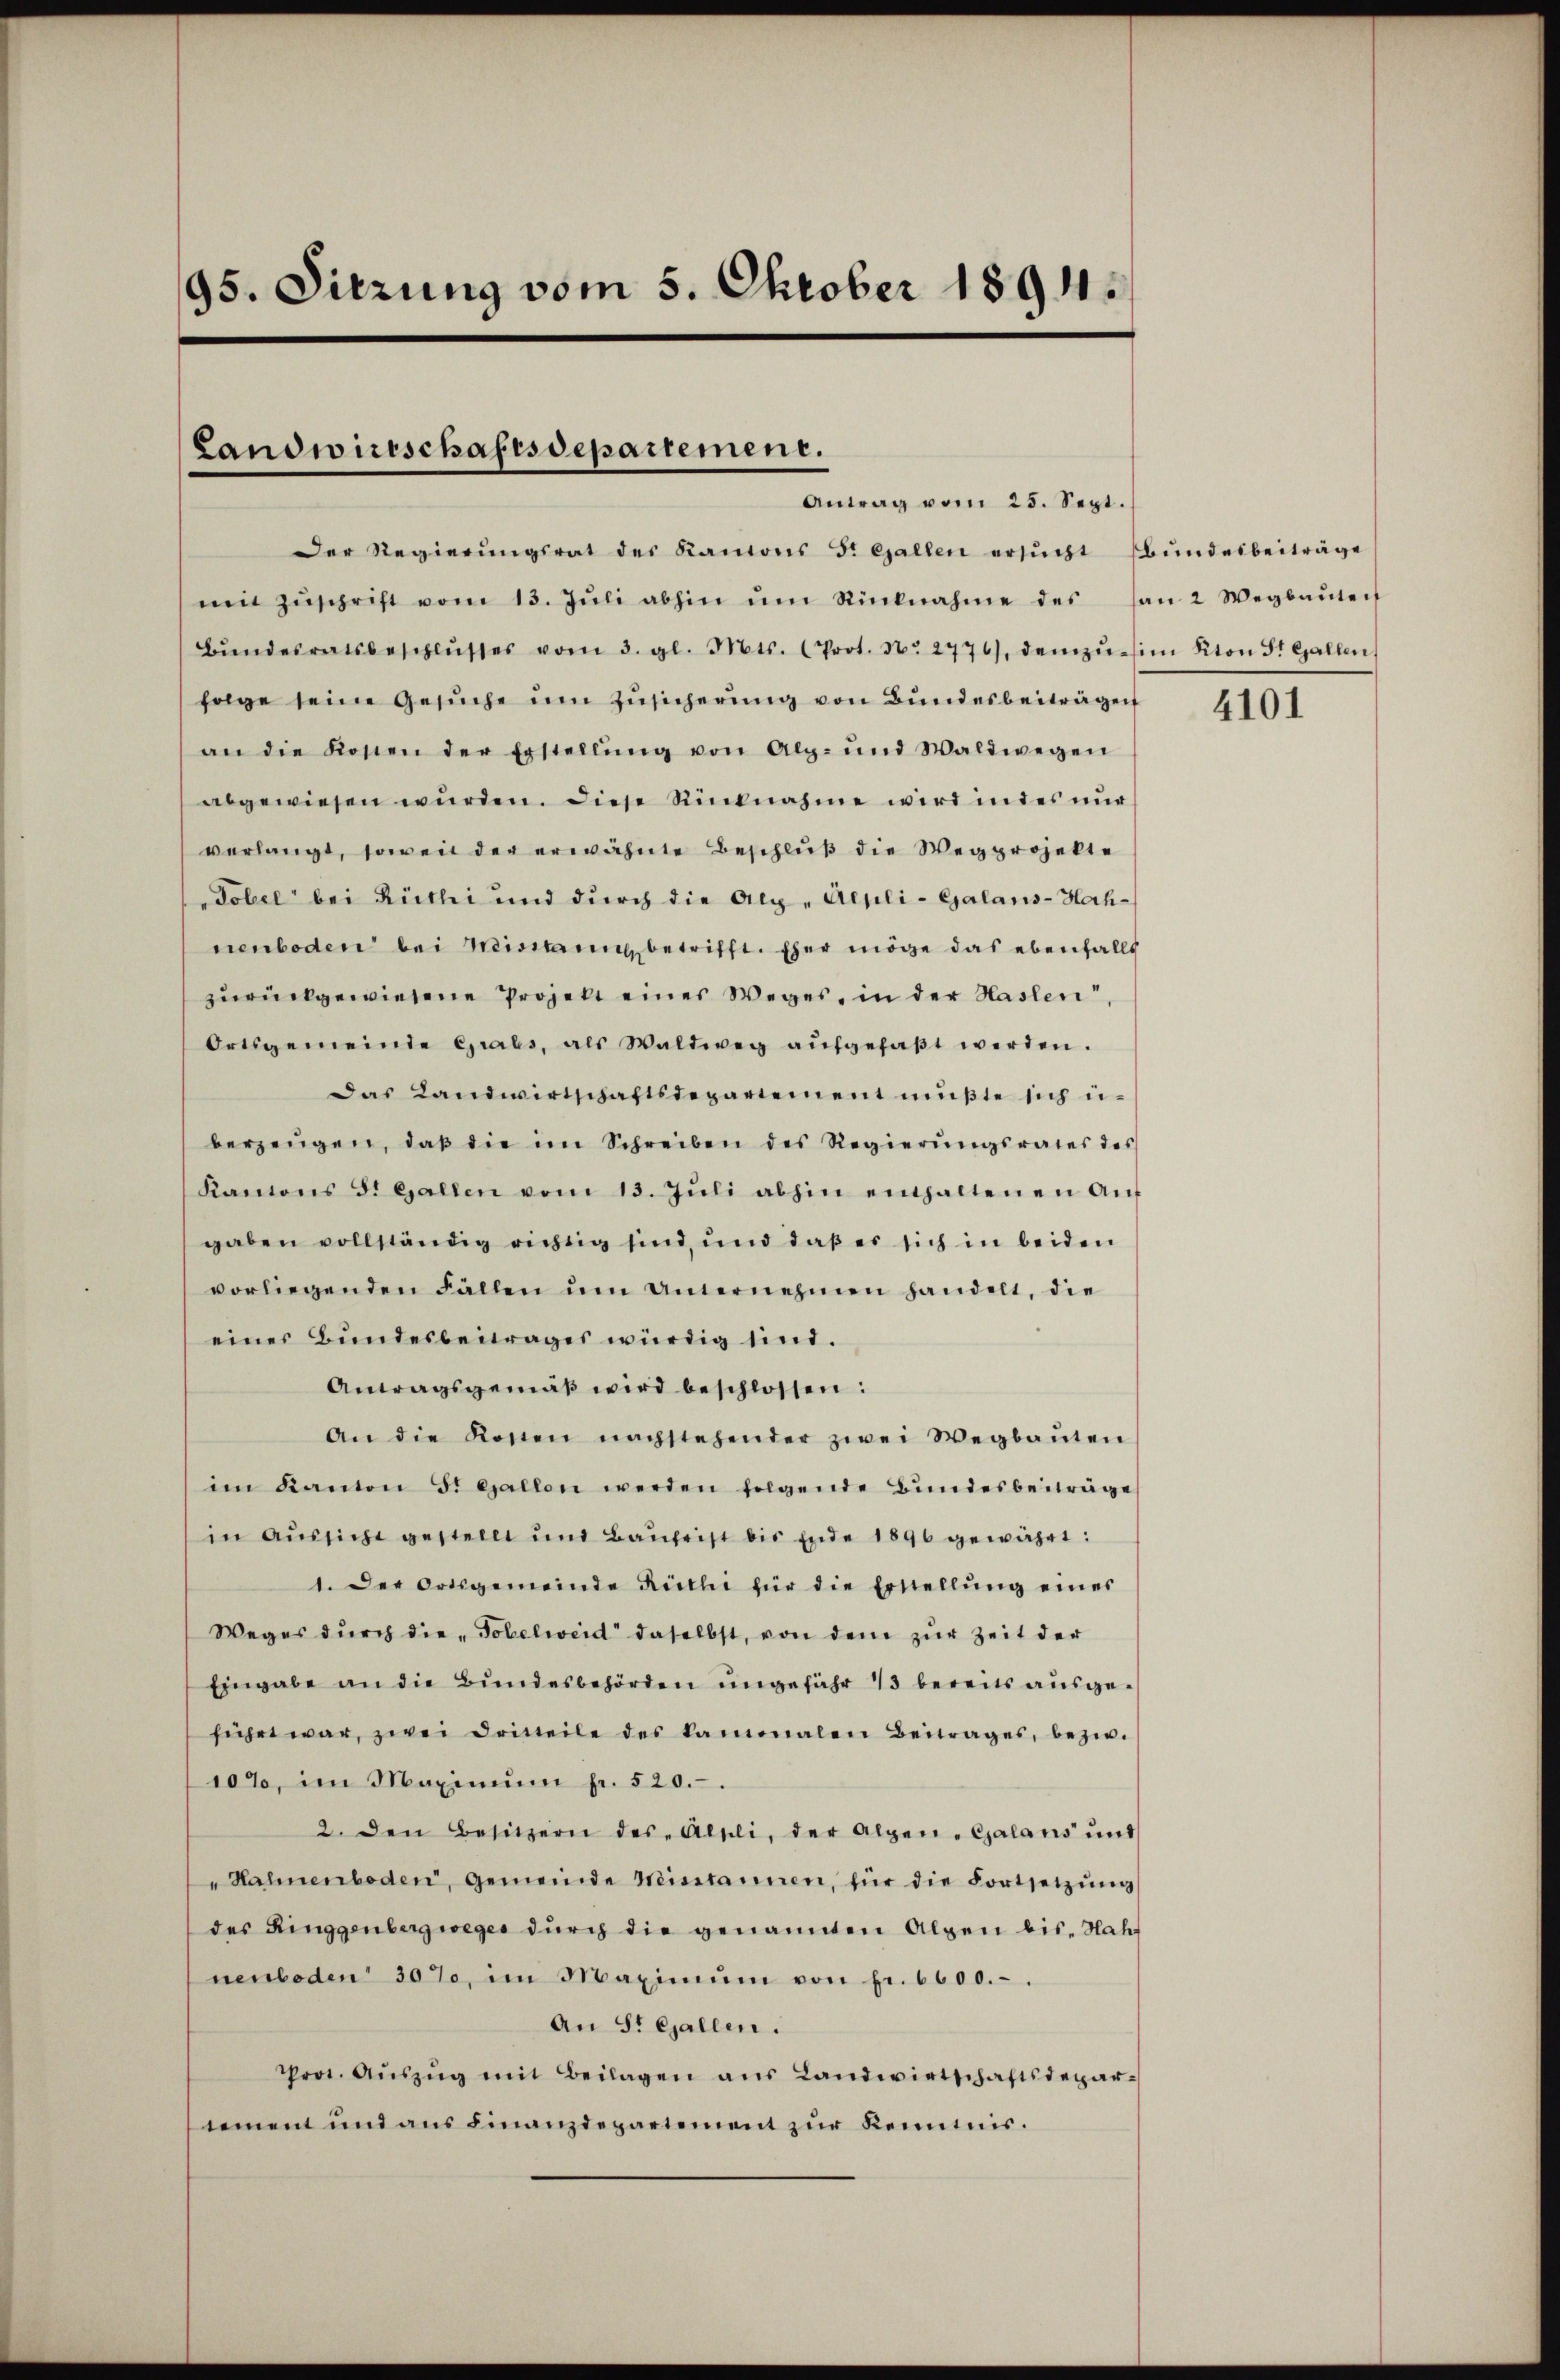
95. Sitzung vom 5. Oktober 1894.

Landwirtschaftsdepartement.
Antrag vom 25. Sept.

Der Regierŭngsrat des Kantons S. Gallen ersŭcht bŭndesbeiträge
mit Zŭschrift vom 13. Jŭli abhin ŭm Rücknahme des an 2 Wegbaŭten
bŭndesratsbeschlŭsses vom 3. gl. Mts. (Prot. N. 2776), demzŭ- im Kton St. Gallen,
folge seine Gesŭche um Zusicherung von Bundesbeiträgen
an die Kosten der Erstellŭng von Alpg- und Waldwegen
abgewiesen würden. Diese Rücknahme wird in des nur
verlangt, soweit der erwähnte Beschluß die Weg projekte
Dobel bei Rüthi und durch die Alp -Aepli-Galans-Hahnenboden bei Meistung betrifft. Eher möge das ebenfalls
zŭrückgewiesene Projekt eines Weges, in der Haslen“,
Ortsgemeinde Grabs, als Waltweg aŭfgefaβt werden.
Das Landwirtschaftsdepartement müßte sich u.
berzeŭgen, daβ die im Schreiben des Regierŭngsrates des
Kamions d. Gallen vom 13. Jŭli abhin einhaltenen Aŭf
gaben vollständig richtig sind, und daß er sich in beiden
vorliegenden Fällen ŭm Unternehmen handelt, die
eines Bundesbeitrages würdig sind.
Antragsgemäβ wird beschlossen:
An die Kosten nachstehender zwei Wegbaŭten
im Kanton St. Gallen werden folgende Bŭndesbeiträge
in Aussicht gestellt und Baufrist bis Ende 1890 gewährt:
1. Der Ortsgemeinde Riethi für die Erstellŭng eines
Weges dŭrch die „Tobelweid daselbst, von dem zur Zeit der
Eingabe an die Bundesbehörden ungefähr 13 bereits ausgeführt war, zwei Dritteile des kammalen Beitrages, bezw.
10%, im Maximŭm fr. 520.
2. den Besitzern des Alpli, der Alpen-Galans ŭnt
"Hahnenboden, Gemeinde Meisitannen, für die Fortsetzŭng
des Ringgenbergweges durch die genannten Alpen bis Nahnenbeden 30%, im Maximŭm von pr. 6000.-.
An St. Gallen.
Prot. Aŭszŭg mit Beilagen aŭs Landwirtschaftsdepar-
lement und aus Finanzdepartement zur Kenntnis.

4101